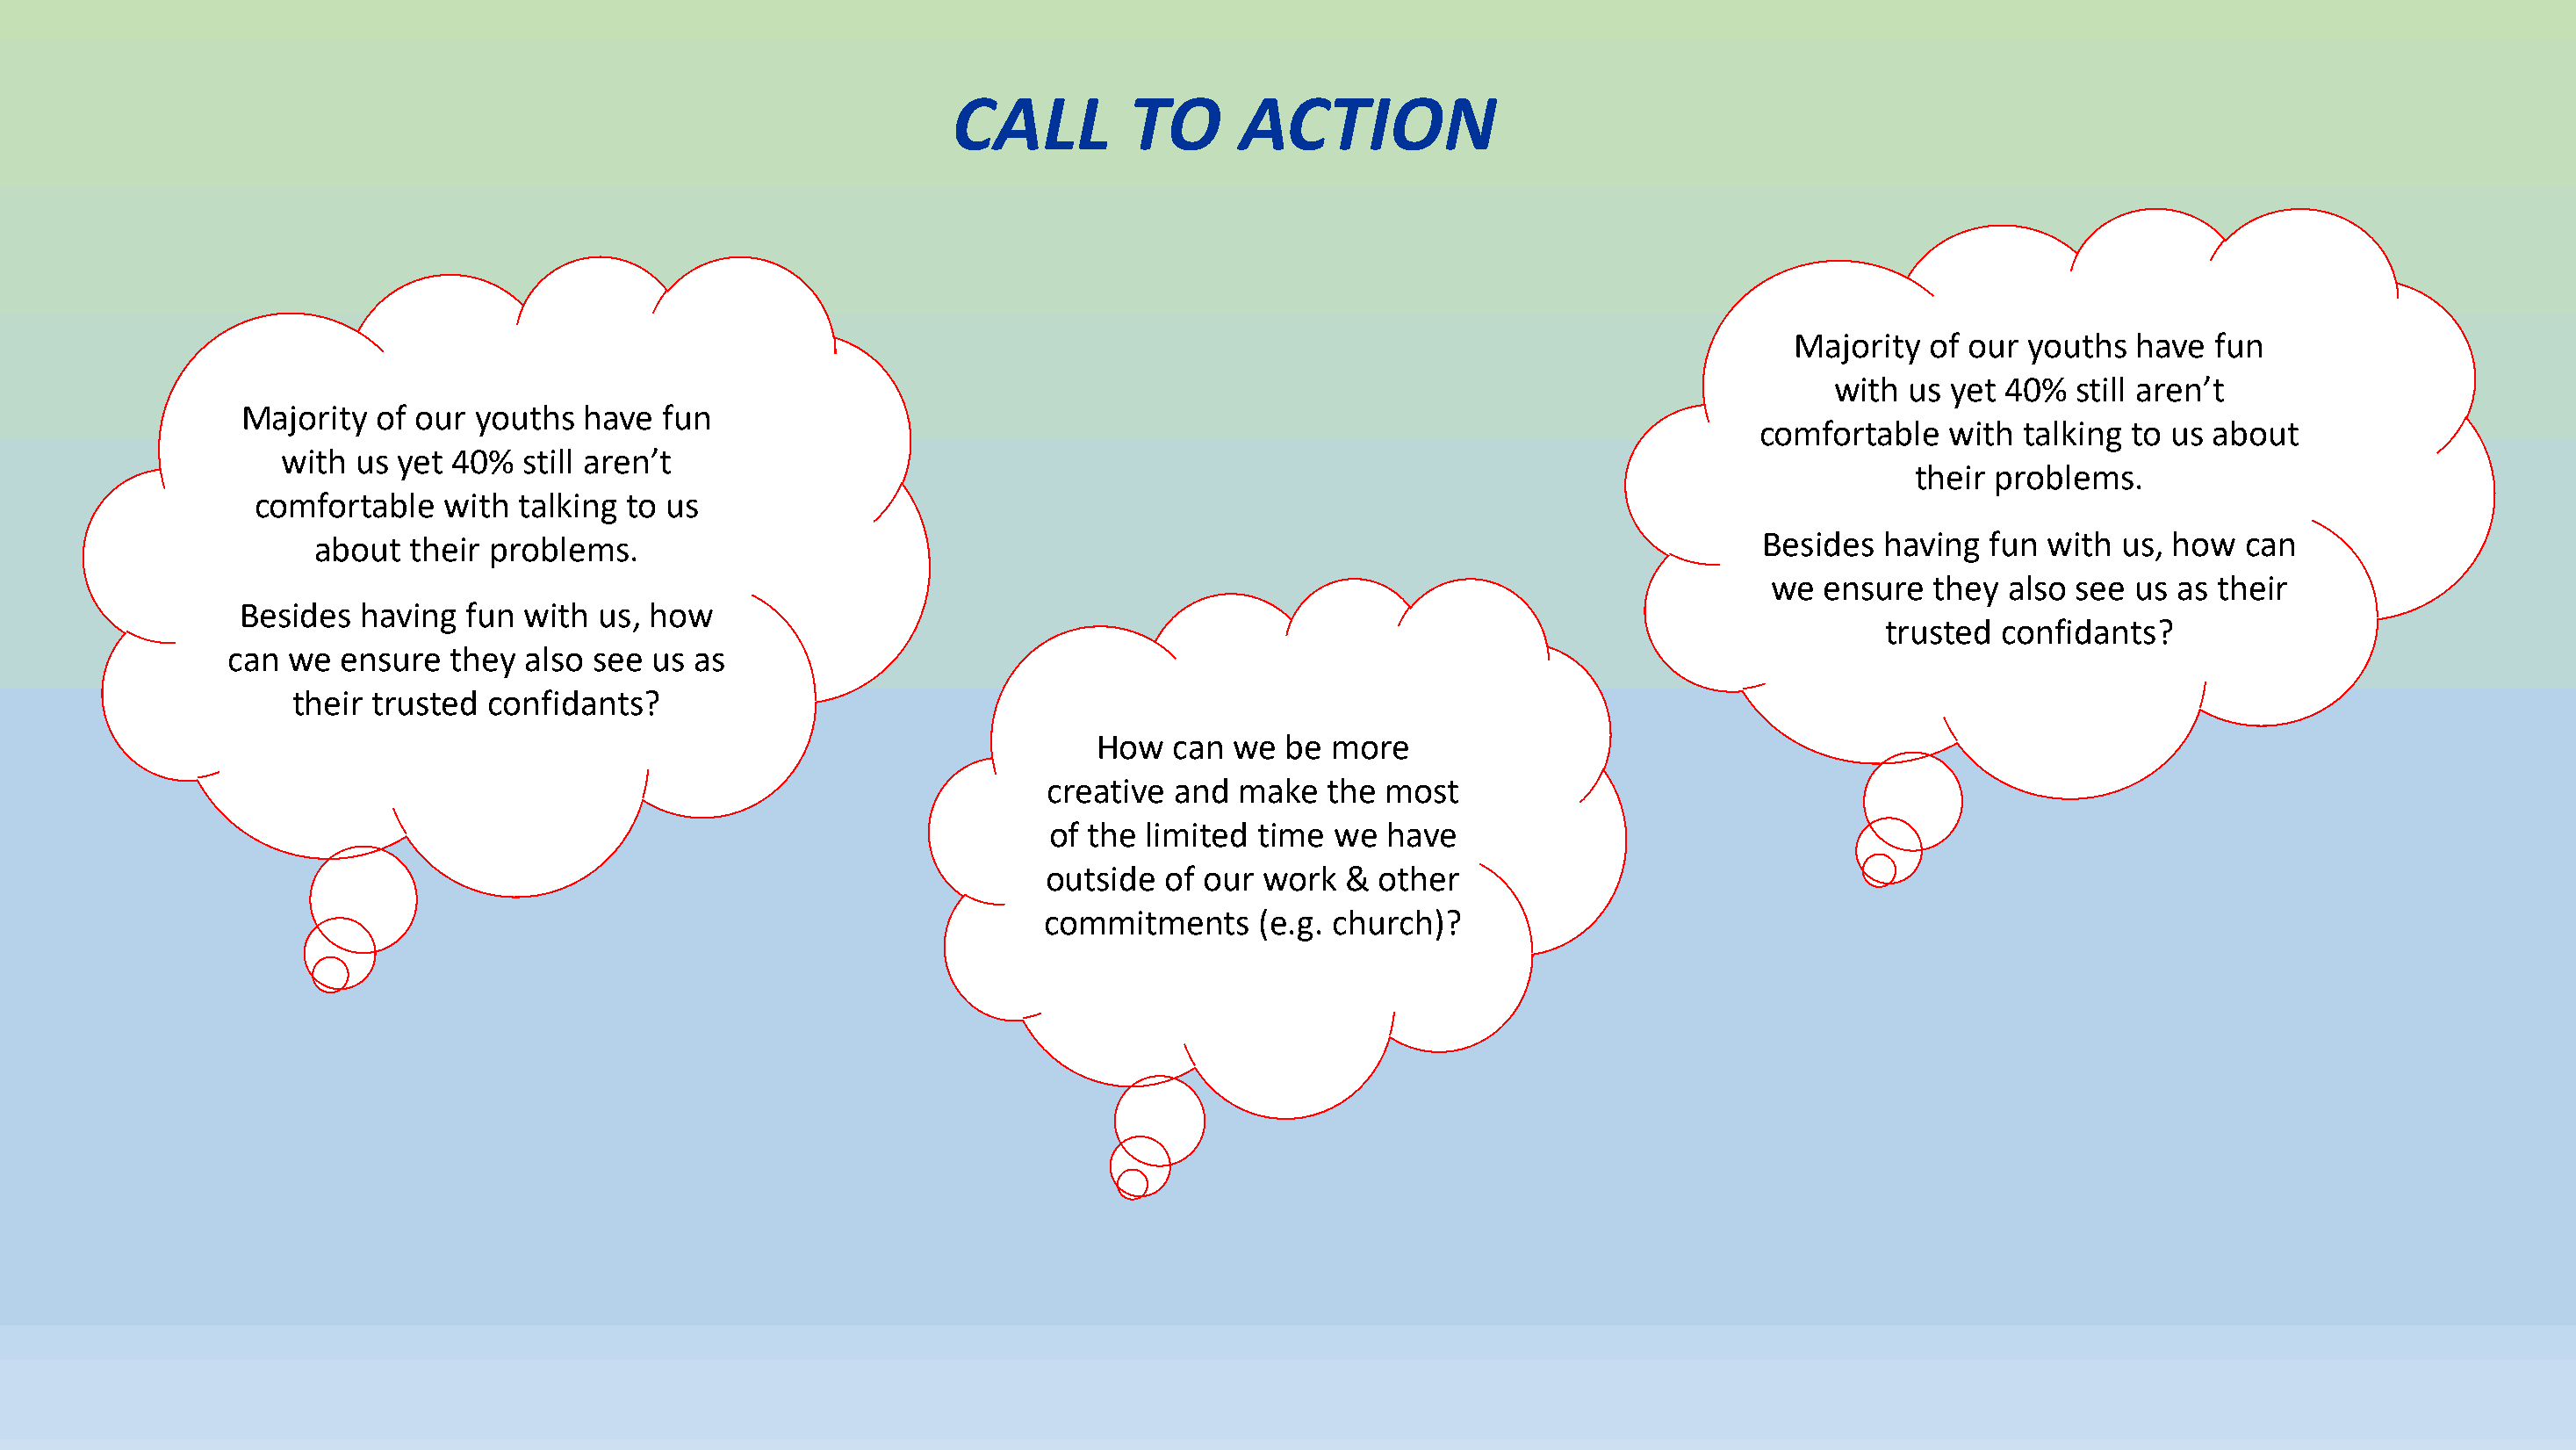
CALL         TO      ACTION
 Majority  of our  youths  have  fun
 with  us yet 40%   still aren’t
 Majority  of our  youths  have  fun
 comfortable   with  talking to us about
 with  us yet 40%  still aren’t
 their problems.
 comfortable   with  talking to us
 Besides  having  fun with  us, how  can
 about  their problems.
 we ensure   they also see  us as their
 Besides  having  fun  with us, how
 trusted  confidants?
 can  we  ensure  they  also see us as
 their trusted  confidants?
 How  can  we  be more
 creative and  make   the most
 of the limited  time  we  have
 outside  of our work  &  other
 commitments     (e.g. church)?